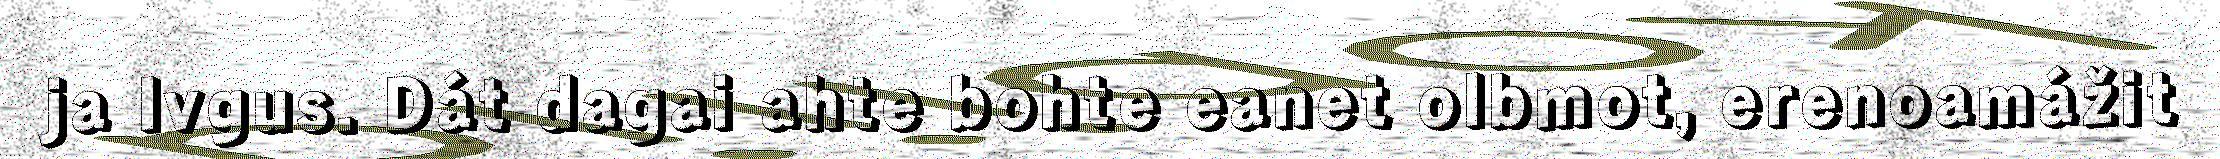
ja Ivgus. Dát dagai ahte bohte eanet olbmot, erenoamážit